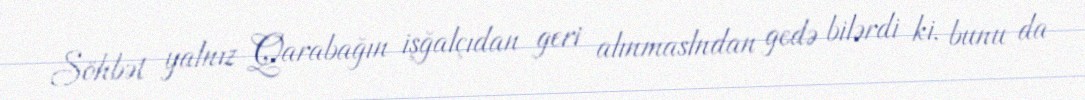
Söhbət yalnız Qarabağın işğalçıdan geri alınmaslndan gedə bilərdi ki, bunu da